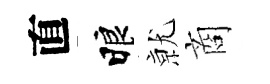
直睱𭕒商